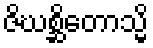
ဇိဃစ္ဆိတောသ္မိ